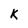
Character: K